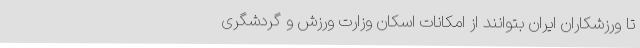
تا ورزشکاران ایران بتوانند از امکانات اسکان وزارت ورزش و گردشگری